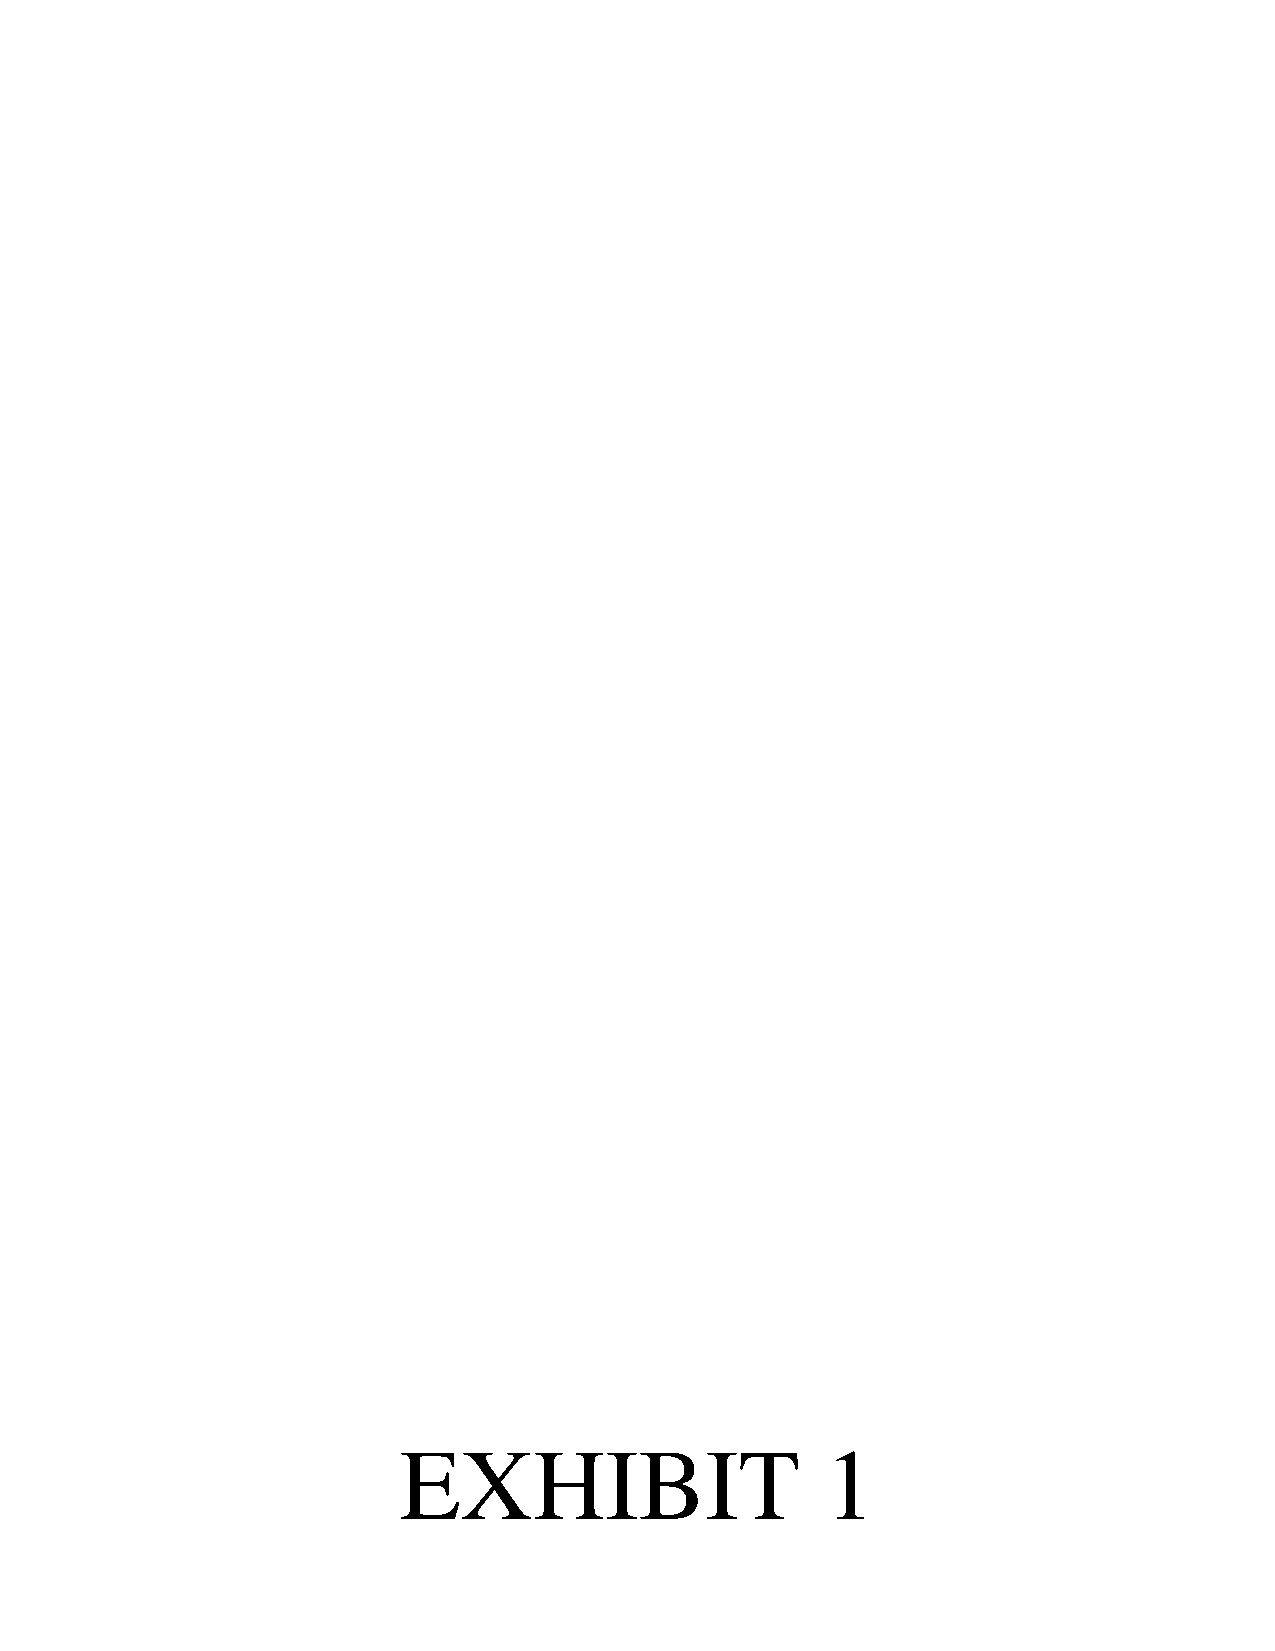
EXHIBIT                      1